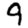
Digit: 9